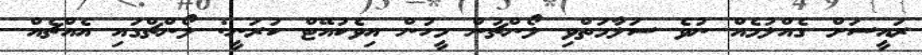
ރައީސަށް ގެއްލުމެއް ނުވެ ސަލާމަތްވި ލޯންޗުން މީހުން އިވެކުއޭޓް ކުރަނީ: ލޯންޗްގައި އެއްޗެއް